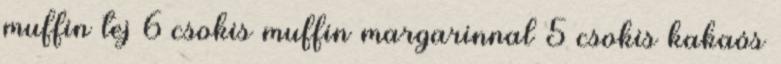
muffin tej 6 csokis muffin margarinnal 5 csokis kakaós